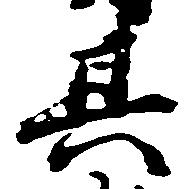
其